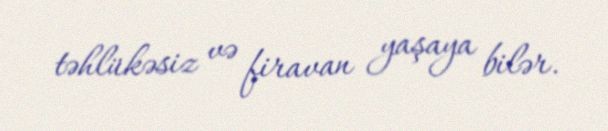
təhlükəsiz və firavan yaşaya bilər.